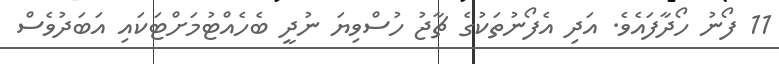
11 ފޯނު ހޯދާފައެވެ. އަދި އެފޯނުތަކުގެ ޗާޖު ހުސްވިޔަ ނުދީ ބެހެއްޓުމަށްޓަކައި އަބަދުވެސް